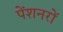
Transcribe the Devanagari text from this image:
पेंशनरों